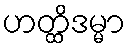
ဟတ္ထိဒမ္မာ